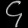
Digit: ၄